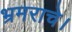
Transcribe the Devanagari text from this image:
भ्रमराचे।